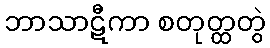
ဘာသာဋီကာ စတုတ္ထတွဲ